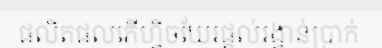
ផលិតផលភើហ្វិចឃែរផ្តល់រង្វាន់ប្រាក់